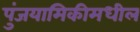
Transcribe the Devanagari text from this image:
पुंजयामिकीमधील